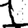
Digit: 1